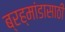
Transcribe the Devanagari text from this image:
ब्रह्मांडासाठी